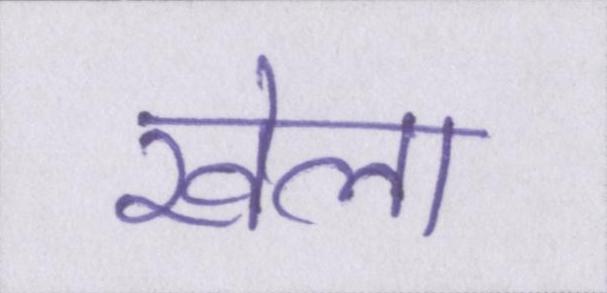
खेला